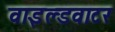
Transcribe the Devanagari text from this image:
वाइल्डवाटर